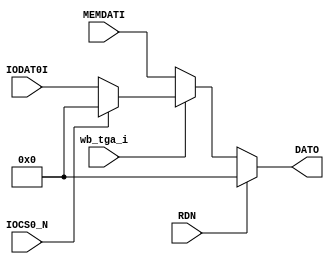
`timescale 1ns / 1ps
//////////////////////////////////////////////////////////////////////////////////
module Muxdati(
    input wb_tga_i,
    input RDN,
    input [15:0] MEMDATI,
    input IOCS0_N,
    input [15:0] IODAT0I,
    output [15:0] DATO
    );
    
    assign DATO = (RDN ? 0 : 
                  ((!wb_tga_i) ? MEMDATI :
                  ((!IOCS0_N) ? IODAT0I : 0))); 
               
endmodule